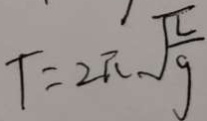
T = 2 \pi \sqrt { \frac { l } { g } }